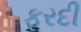
ફરદી